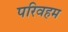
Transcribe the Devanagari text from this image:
परिवहम